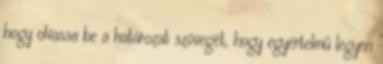
hogy olvassa be a határozat szövegét, hogy egyértelmű legyen